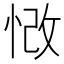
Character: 𢚲